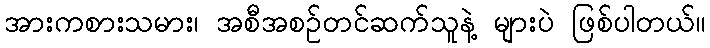
အားကစားသမား၊ အစီအစဉ်တင်ဆက်သူနဲ့ များပဲ ဖြစ်ပါတယ်။